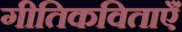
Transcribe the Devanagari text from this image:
गीतिकविताएँ